Annual administration report of the Civil Veterinary Department of India - 1899-1900
Year: 1899
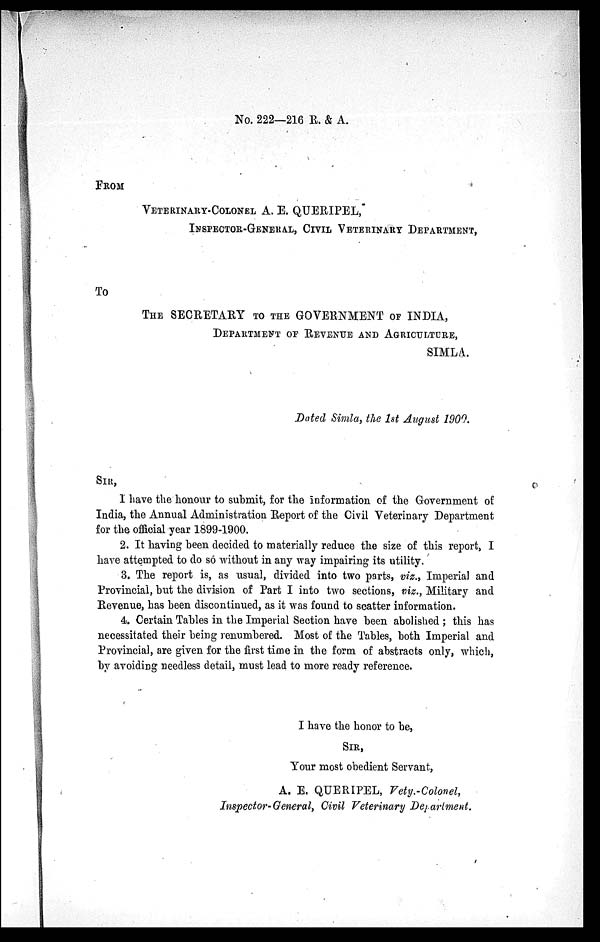
No. 222—216 R. & A.
FROM
VETERINARY-COLONEL
A. E. QUERIPEL,
INSPECTOR-GENERAL CIVIL DEPARTMENT
To
THE SECRETARY TO THE GOVERNMENT OF INDIA,
DEPARTMENT OF REVENUE AND AGRICULTURE,
SIMLA.
Dated Simla, the 1st August 1900.
SIR,
I have the honour to submit, for the information of the Government of
India, the Annual Administration Report of the Civil Veterinary Department
for the official year 1899-1900.
2. It having been decided to materially reduce the size of this report, I
have attempted to do so without in any way impairing its utility.
3. The report is, as usual, divided into two parts, viz., Imperial and
Provincial, but the division of Part I into two sections, viz., Military and
Revenue, has been discontinued, as it was found to scatter information.
4. Certain Tables in the Imperial Section have been abolished; this has
necessitated their being renumbered. Most of the Tables, both Imperial and
Provincial, are given for the first time in the form of abstracts only, which,
by avoiding needless detail, must lead to more ready reference.
I have the honor to be,
SIR,
Your most obedient Servant,
A. E. QUERIPEL, Vety.-Colonel,
Inspector-General, Civil Veterinary Department.